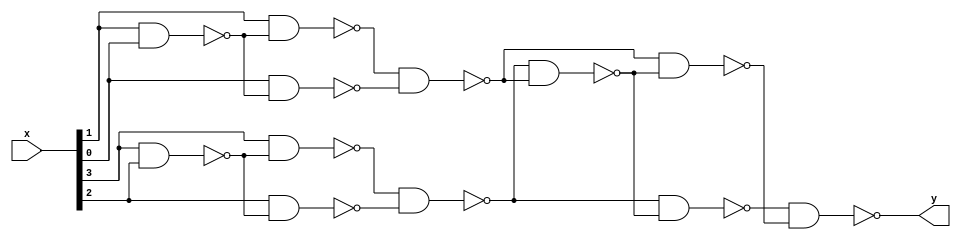
// a2t1_nand.v

module a2t1_nand(input [3:0] x, output y);

wire tmp1, tmp2, tmp3, tmp4, tmp5, tmp6, tmp7, tmp8, tmp9, tmp10, tmp11;

nand u1(tmp1, x[3], x[2]);
nand u2(tmp2, x[3], tmp1);
nand u3(tmp3, x[2], tmp1);
nand u4(tmp4, tmp2, tmp3);

nand u5(tmp5, x[1], x[0]);
nand u6(tmp6, x[1], tmp5);
nand u7(tmp7, x[0], tmp5);
nand u8(tmp8, tmp6, tmp7);

nand u9(tmp9, tmp4, tmp8);
nand u10(tmp10, tmp4, tmp9);
nand u11(tmp11, tmp8, tmp9);
nand u12(y, tmp10, tmp11);

endmodule